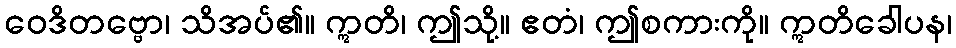
ဝေဒိတဗ္ဗော၊ သိအပ်၏။ ဣတိ၊ ဤသို့။ ဧတံ၊ ဤစကားကို။ ဣတိခေါပန၊